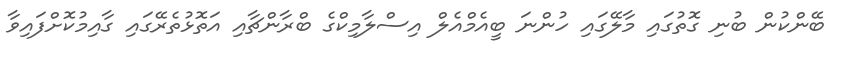
ބޭންކުން ބުނި ގޮތުގައި މާލޭގައި ހުންނަ ބީއެމްއެލް އިސްލާމިކްގެ ބްރާންޗާއި އަތޮޅުތެރޭގައި ގާއިމުކޮށްފައިވާ